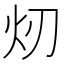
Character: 𪸐